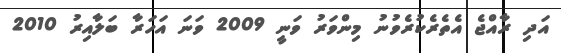
އަދި ރާއްޖެ އެތެރެކުރެވުނު މިންވަރު ވަނީ 2009 ވަނަ އަހަރާ ބަލާއިރު 2010